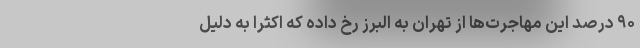
۹۰ درصد این مهاجرت‌ها از تهران به البرز رخ داده که اکثراً به دلیل